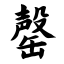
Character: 罄